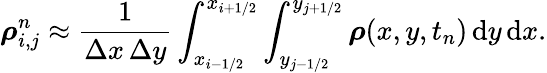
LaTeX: \boldsymbol{\rho}_{i,j}^{n}\approx\frac{1}{\Delta x\, \Delta y}\int_{x_{i-1/2}}^{x_{i+1/2}}\int_{y_{j-1/2}}^{y_{j+1/2}}\boldsymbol{\rho}(x,y,t_{n})\, \mathrm{d}y\, \mathrm{d}x.